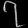
Digit: ၇